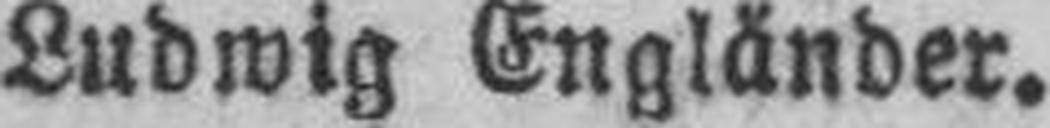
Ludwig Engländer.